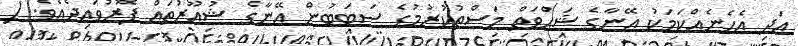
އަދި އެހެނެއްކަމަކު އޭނާގެ ޝަޙްވަތް މަސްތުކުރުމުގެ ސަބަބުން އޭނާގެ ޝުޢޫރުތައް ފޮރުވައިދެއެވެ. (